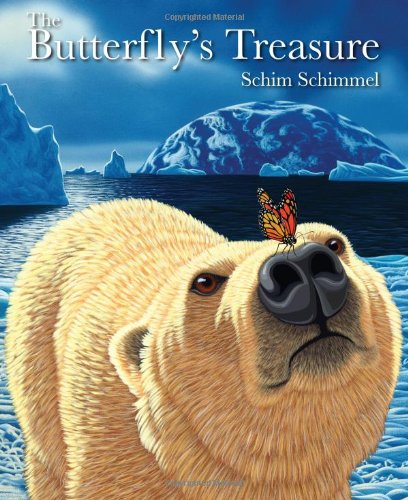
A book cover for The Butterfly's Treasure; Schim Schimmel; Children's Books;